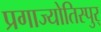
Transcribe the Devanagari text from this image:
प्रगाज्योतिस्पुर्